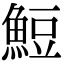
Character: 䱏